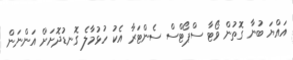
އައްޔަ ބުނާ ގޮތުން ވޯޓާ ސްޕޯޓްސް ސެންޓަރާ އެކު ހުޅުމާލެ ގޮނޑުދޮށަށް އަންނަން